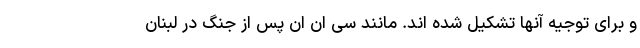
و برای توجیه آنها تشکیل شده اند. مانند سی ان ان پس از جنگ در لبنان